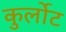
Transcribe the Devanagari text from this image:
कुर्लोट